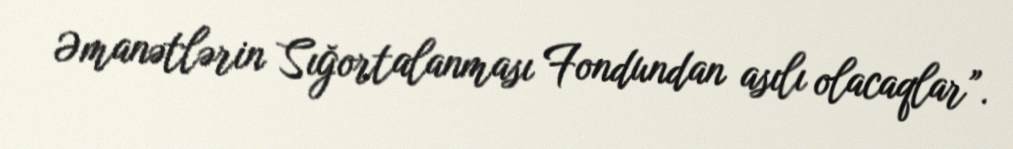
Əmanətlərin Sığortalanması Fondundan asılı olacaqlar”.